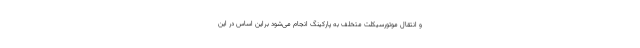
و انتقال موتورسیکلت متخلف به پارکینگ انجام می‌شود براین اساس در این